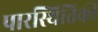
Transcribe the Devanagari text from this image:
पारस्थितिकी